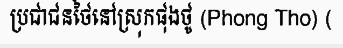
ប្រជាជនថៃនៅស្រុកផុងថូ (Phong Tho) (